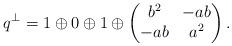
LaTeX: \begin{align*}q^\perp = 1\oplus 0\oplus 1\oplus \begin{pmatrix}b^2&-ab \\-ab&a^2\end{pmatrix}.\end{align*}